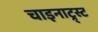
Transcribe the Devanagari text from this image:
चाइनाट्र्स्ट